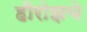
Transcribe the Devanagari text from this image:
हीरोझचे